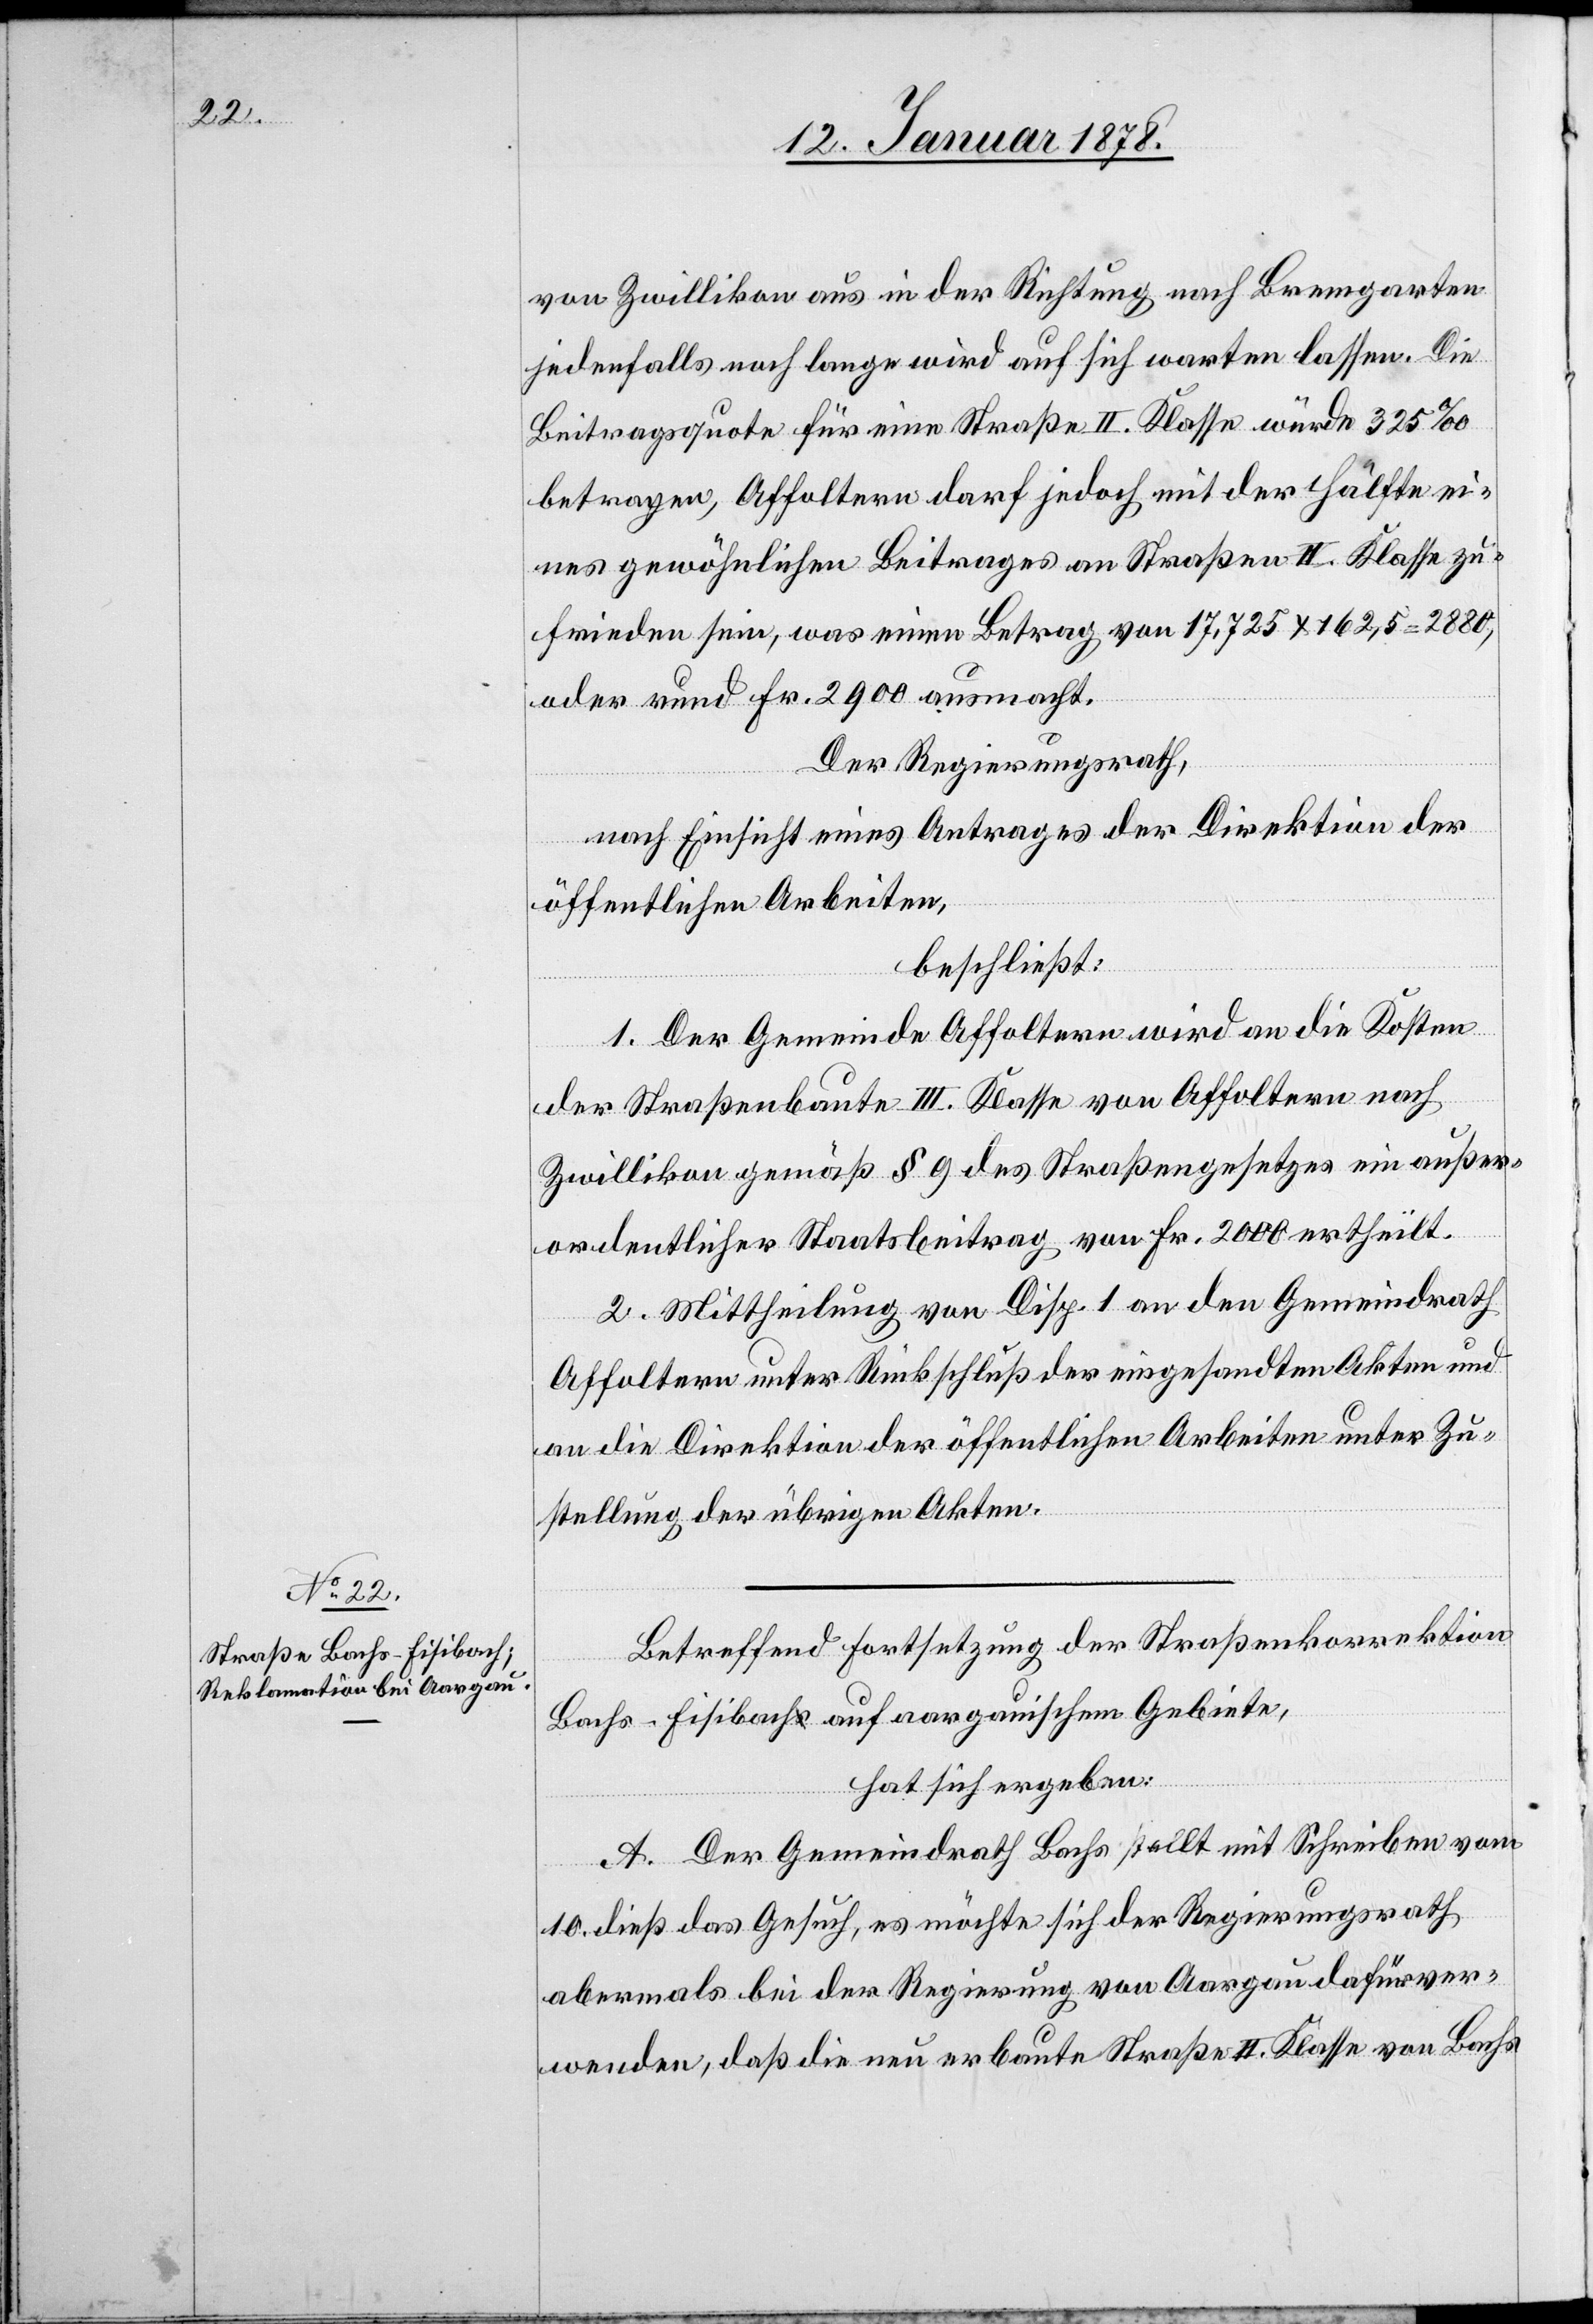
von Zwillikon aus in der Richtung nach Bremgarten
jedenfalls noch lange wird auf sich warten lassen. Die
Beitragsquote für eine Straße II Klasse würde 325‰
betragen, Affoltern darf jedoch mit der Hälfte ei¬
nes gewöhnlichen Beitrages an Straßen II Klasse zu¬
frieden sein, was einem Betrag von 17,725 x 162,5 = 2880,
oder rund Fr. 2900 ausmacht.
Der Regierungsrath,
nach Einsicht eines Antrages der Direktion der
öffentlichen Arbeiten,
beschließt:
1. Der Gemeinde Affoltern wird an die Kosten
der Nebenbaute III Klasse von Affoltern nach
Zwillikon gemäß § 9 des Straßengesetzes ein außer¬
ordentlicher Staatsbeitrag von Fr. 2000 ertheilt.
2. Mittheilung von Disp. 1 an den Gemeindrath
Affoltern unter Rückschluß der eingesandten Akten und
an die Direktion der öffentlichen Arbeiten unter Zu¬
stellung der übrigen Akten.
Betreffend Fortsetzung der Straßenkorrektion
Bachs–Fisibach auf aargauischem Gebiete,
hat sich ergeben:
A. Der Gemeindrath Bachs stellt mit Schreiben vom
10 dieß das Gesuch, es möchte sich der Regierungsrath
abermals bei der Regierung von Aargau dafür ver¬
wenden, daß die neu erbaute Straße II Klasse von Bachs